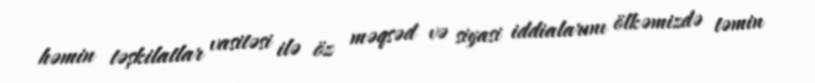
həmin təşkilatlar vasitəsi ilə öz məqsəd və siyasi iddialarını ölkəmizdə təmin